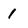
Character: 1